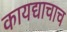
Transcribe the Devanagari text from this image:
कायद्याचाच